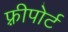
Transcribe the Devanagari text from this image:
फ़्रीपोर्ट